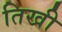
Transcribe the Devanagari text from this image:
तिखी